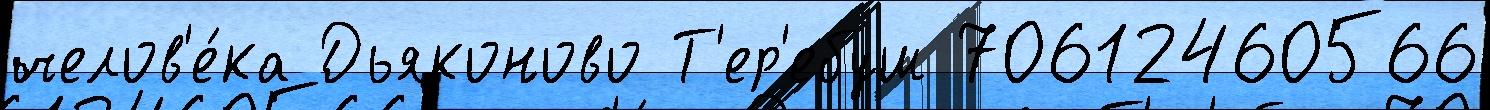
челов'е́ка Дьяконово Т'ер'ебуш 70612460566